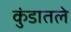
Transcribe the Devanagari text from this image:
कुंडातले